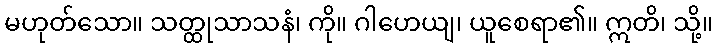
မဟုတ်သော။ သတ္ထုသာသနံ၊ ကို။ ဂါဟေယျ၊ ယူစေရာ၏။ ဣတိ၊ သို့။